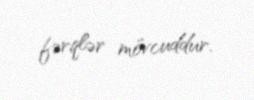
fərqlər mövcuddur.